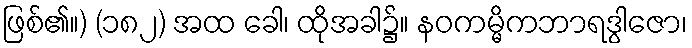
ဖြစ်၏။) (၁၈၂) အထ ခေါ၊ ထိုအခါ၌။ နဝကမ္မိကဘာရဒွါဇော၊